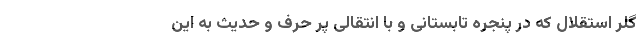
گلر استقلال که در پنجره تابستانی و با انتقالی پر حرف و حدیث به این